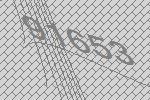
91653